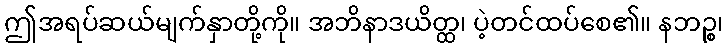
ဤအရပ်ဆယ်မျက်နှာတို့ကို။ အဘိနာဒယိတ္ထ၊ ပဲ့တင်ထပ်စေ၏။ နဘဉ္စ၊